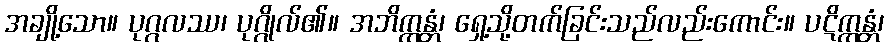
အချို့သော။ ပုဂ္ဂလဿ၊ ပုဂ္ဂိုလ်၏။ အဘိက္ကန္တံ၊ ရှေ့သို့တက်ခြင်းသည်လည်းကောင်း။ ပဋိက္ကန္တံ၊